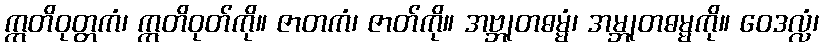
ဣတိဝုတ္တကံ၊ ဣတိဝုတ်ကို။ ဇာတကံ၊ ဇာတ်ကို။ အဗ္ဘုတဓမ္မံ၊ အမ္ဘုတဓမ္မကို။ ဝေဒလ္လံ၊